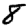
Digit: 8